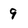
Character: 9